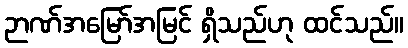
ဉာဏ်အမြော်အမြင် ရှိသည်ဟု ထင်သည်။